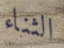
الثناء